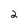
Character: 2